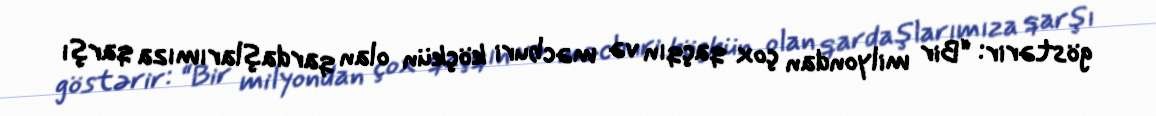
göstərir: “Bir milyondan çox qaçqın və məcburi köçkün olan qardaşlarımıza qarşı